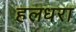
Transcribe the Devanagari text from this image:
हलधरा